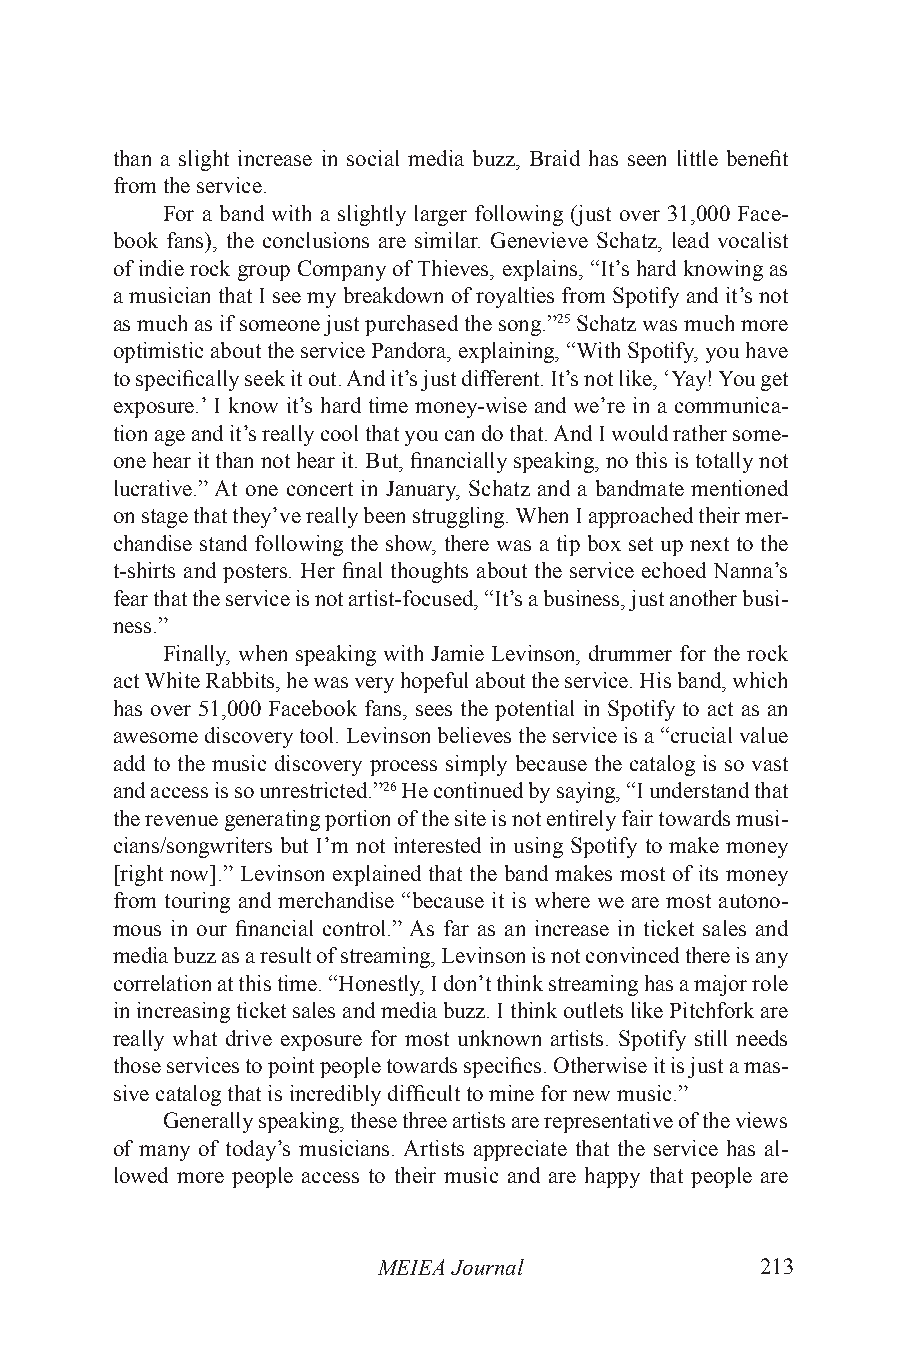
than a slight increase in social media buzz, Braid has seen little benefit
 from the service.
 For a band with a slightly larger following (just over 31,000 Face-
 book fans), the conclusions are similar. Genevieve Schatz, lead vocalist
 of indie rock group Company of Thieves, explains, “It’s hard knowing as
 a musician that I see my breakdown of royalties from Spotify and it’s not
 as much as if someone just purchased the song.”25 Schatz was much more
 optimistic about the service Pandora, explaining, “With Spotify, you have
 to specifically seek it out. And it’s just different. It’s not like, ‘Yay! You get
 exposure.’ I know it’s hard time money-wise and we’re in a communica-
 tion age and it’s really cool that you can do that. And I would rather some-
 one hear it than not hear it. But, financially speaking, no this is totally not
 lucrative.” At one concert in January, Schatz and a bandmate mentioned
 on stage that they’ve really been struggling. When I approached their mer-
 chandise stand following the show, there was a tip box set up next to the
 t-shirts and posters. Her final thoughts about the service echoed Nanna’s
 fear that the service is not artist-focused, “It’s a business, just another busi-
 ness.”
 Finally, when speaking with Jamie Levinson, drummer for the rock
 act White Rabbits, he was very hopeful about the service. His band, which
 has over 51,000 Facebook fans, sees the potential in Spotify to act as an
 awesome discovery tool. Levinson believes the service is a “crucial value
 add to the music discovery process simply because the catalog is so vast
 and access is so unrestricted.”26 He continued by saying, “I understand that
 the revenue generating portion of the site is not entirely fair towards musi-
 cians/songwriters but I’m not interested in using Spotify to make money
 [right now].” Levinson explained that the band makes most of its money
 from touring and merchandise “because it is where we are most autono-
 mous in our financial control.” As far as an increase in ticket sales and
 media buzz as a result of streaming, Levinson is not convinced there is any
 correlation at this time. “Honestly, I don’t think streaming has a major role
 in increasing ticket sales and media buzz. I think outlets like Pitchfork are
 really what drive exposure for most unknown artists. Spotify still needs
 those services to point people towards specifics. Otherwise it is just a mas-
 sive catalog that is incredibly difficult to mine for new music.”
 Generally speaking, these three artists are representative of the views
 of many of today’s musicians. Artists appreciate that the service has al-
 lowed more people access to their music and are happy that people are
 MEIEA Journal            213